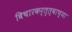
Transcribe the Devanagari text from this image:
विचारकर्तृत्वाच्या